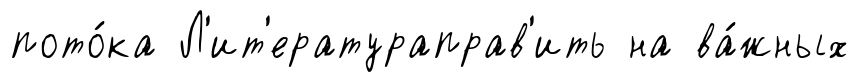
пото́ка Л'ит'ератураправ'ить на ва́жных